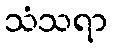
သံသရာ